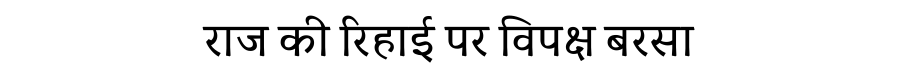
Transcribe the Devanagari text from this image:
राज की रिहाई पर विपक्ष बरसा